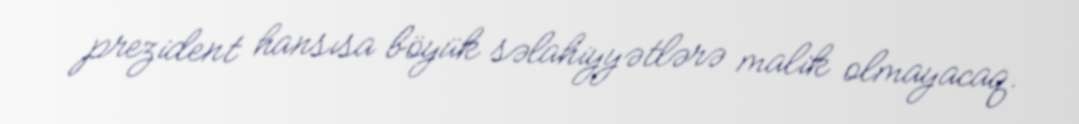
prezident hansısa böyük səlahiyyətlərə malik olmayacaq.